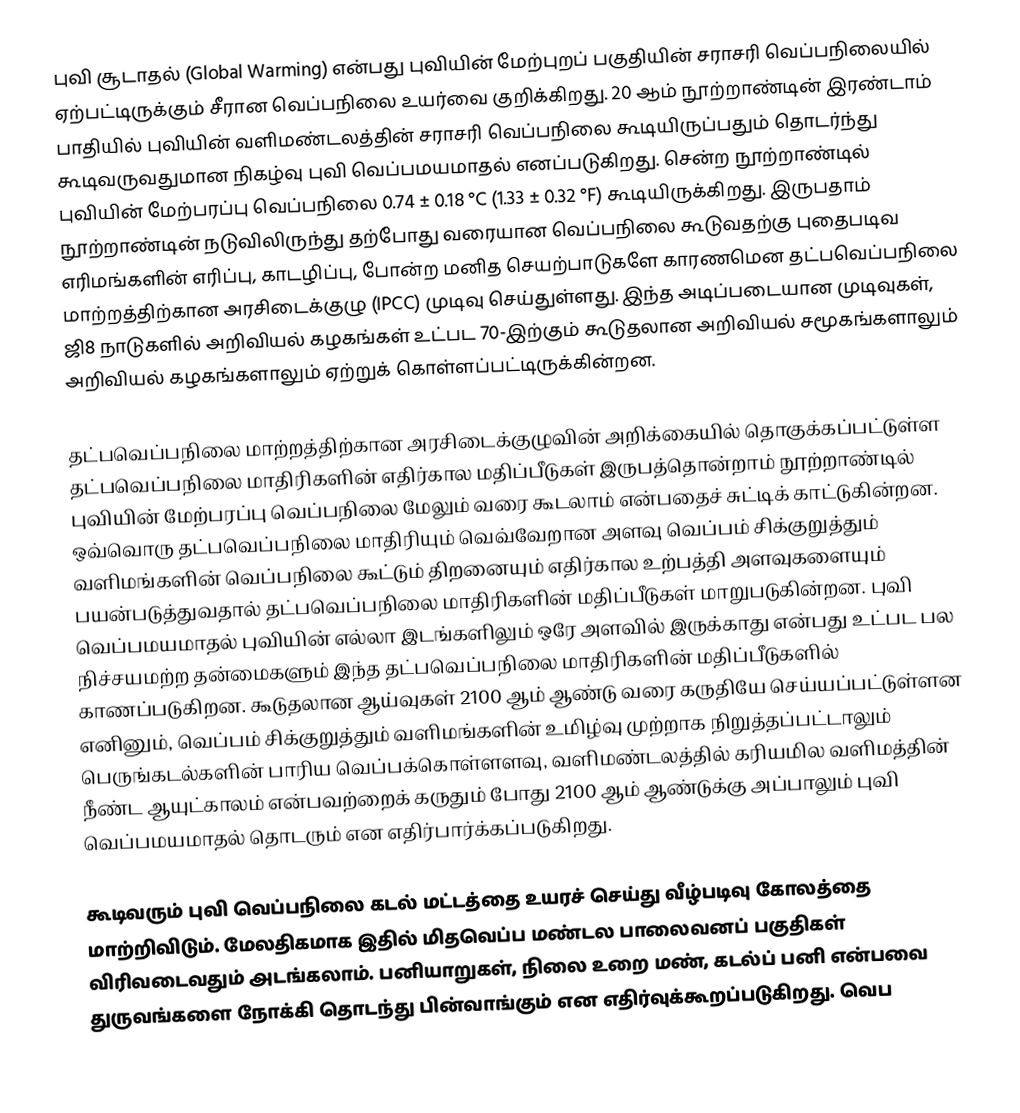
புவி சூடாதல் (Global Warming) என்பது புவியின் மேற்புறப் பகுதியின் சராசரி வெப்பநிலையில் ஏற்பட்டிருக்கும் சீரான வெப்பநிலை உயர்வை குறிக்கிறது. 20 ஆம் நூற்றாண்டின் இரண்டாம் பாதியில் புவியின் வளிமண்டலத்தின்  சராசரி வெப்பநிலை கூடியிருப்பதும் தொடர்ந்து கூடிவருவதுமான நிகழ்வு புவி வெப்பமயமாதல் எனப்படுகிறது. சென்ற நூற்றாண்டில் புவியின் மேற்பரப்பு வெப்பநிலை 0.74 ± 0.18 °C (1.33 ± 0.32 °F) கூடியிருக்கிறது. இருபதாம் நூற்றாண்டின் நடுவிலிருந்து தற்போது வரையான வெப்பநிலை கூடுவதற்கு புதைபடிவ எரிமங்களின் எரிப்பு, காடழிப்பு, போன்ற மனித செயற்பாடுகளே காரணமென தட்பவெப்பநிலை மாற்றத்திற்கான அரசிடைக்குழு (IPCC) முடிவு செய்துள்ளது. இந்த அடிப்படையான முடிவுகள், ஜி8 நாடுகளில் அறிவியல் கழகங்கள் உட்பட 70-இற்கும் கூடுதலான அறிவியல் சமூகங்களாலும் அறிவியல் கழகங்களாலும் ஏற்றுக் கொள்ளப்பட்டிருக்கின்றன.

தட்பவெப்பநிலை மாற்றத்திற்கான அரசிடைக்குழுவின் அறிக்கையில் தொகுக்கப்பட்டுள்ள தட்பவெப்பநிலை மாதிரிகளின் எதிர்கால மதிப்பீடுகள் இருபத்தொன்றாம் நூற்றாண்டில் புவியின் மேற்பரப்பு வெப்பநிலை மேலும்  வரை  கூடலாம் என்பதைச் சுட்டிக் காட்டுகின்றன. ஒவ்வொரு தட்பவெப்பநிலை மாதிரியும் வெவ்வேறான அளவு  வெப்பம் சிக்குறுத்தும் வளிமங்களின் வெப்பநிலை கூட்டும் திறனையும் எதிர்கால உற்பத்தி அளவுகளையும் பயன்படுத்துவதால் தட்பவெப்பநிலை மாதிரிகளின் மதிப்பீடுகள் மாறுபடுகின்றன. புவி வெப்பமயமாதல் புவியின் எல்லா இடங்களிலும் ஒரே அளவில் இருக்காது என்பது உட்பட பல நிச்சயமற்ற தன்மைகளும் இந்த தட்பவெப்பநிலை மாதிரிகளின் மதிப்பீடுகளில் காணப்படுகிறன. கூடுதலான ஆய்வுகள் 2100 ஆம் ஆண்டு வரை கருதியே செய்யப்பட்டுள்ளன எனினும்,  வெப்பம் சிக்குறுத்தும் வளிமங்களின் உமிழ்வு முற்றாக நிறுத்தப்பட்டாலும் பெருங்கடல்களின் பாரிய வெப்பக்கொள்ளளவு, வளிமண்டலத்தில் கரியமில வளிமத்தின்  நீண்ட ஆயுட்காலம் என்பவற்றைக் கருதும் போது 2100 ஆம் ஆண்டுக்கு அப்பாலும் புவி வெப்பமயமாதல் தொடரும் என எதிர்பார்க்கப்படுகிறது.

கூடிவரும் புவி வெப்பநிலை கடல் மட்டத்தை உயரச் செய்து வீழ்படிவு கோலத்தை மாற்றிவிடும். மேலதிகமாக இதில் மிதவெப்ப மண்டல பாலைவனப் பகுதிகள் விரிவடைவதும் அடங்கலாம். பனியாறுகள், நிலை உறை மண், கடல்ப் பனி என்பவை துருவங்களை நோக்கி தொடந்து பின்வாங்கும் என எதிர்வுக்கூறப்படுகிறது. வெப